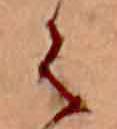
は